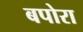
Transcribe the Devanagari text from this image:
बपोरा